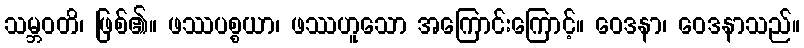
သမ္ဘဝတိ၊ ဖြစ်၏။ ဖဿပစ္စယာ၊ ဖဿဟူသော အကြောင်းကြောင့်။ ဝေဒနာ၊ ဝေဒနာသည်။